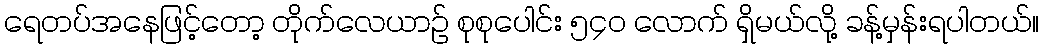
ရေတပ်အနေဖြင့်တော့ တိုက်လေယာဉ် စုစုပေါင်း ၅၄၀ လောက် ရှိမယ်လို့ ခန့်မှန်းရပါတယ်။